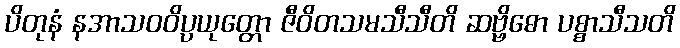
ပိတုနံ နအာသဝဝိပ္ပယုတ္တော ဇီဝိတသမသီသီတိ ဆဗ္ဗိဓော ပစ္စာသီသတိ